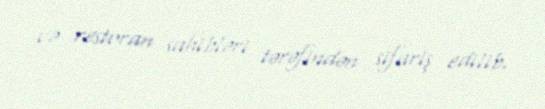
və restoran sahibləri tərəfindən sifariş edilib.